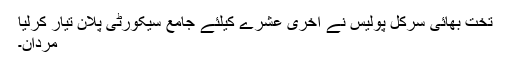
تخت بھائی سرکل پولیس نے آخری عشرے کیلئے جامع سیکورٹی پلان تیار کرلیا
مردان۔